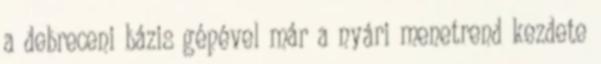
a debreceni bázis gépével már a nyári menetrend kezdete